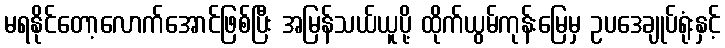
မရနိုင်တော့လောက်အောင်ဖြစ်ပြီး အမြန်သယ်ယူပို့ ထိုက်ယွမ်ကုန်းမြေမှ ဥပဒေချုပ်ရုံးနှင့်